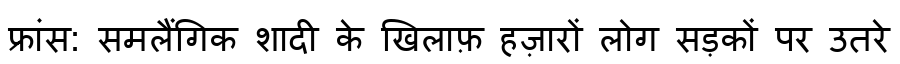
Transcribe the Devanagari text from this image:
फ्रांस: समलैंगिक शादी के खिलाफ़ हज़ारों लोग सड़कों पर उतरे